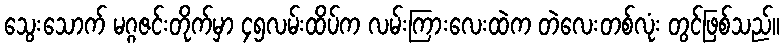
သွေးသောက် မဂ္ဂဇင်းတိုက်မှာ ၄၅လမ်းထိပ်က လမ်းကြားလေးထဲက တဲလေးတစ်လုံး တွင်ဖြစ်သည်။